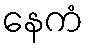
နေကံ